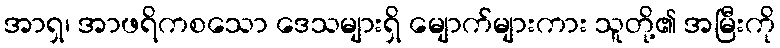
အာရှ၊ အာဖရိကစသော ဒေသများရှိ မျောက်များကား သူတို့၏ အမြီးကို